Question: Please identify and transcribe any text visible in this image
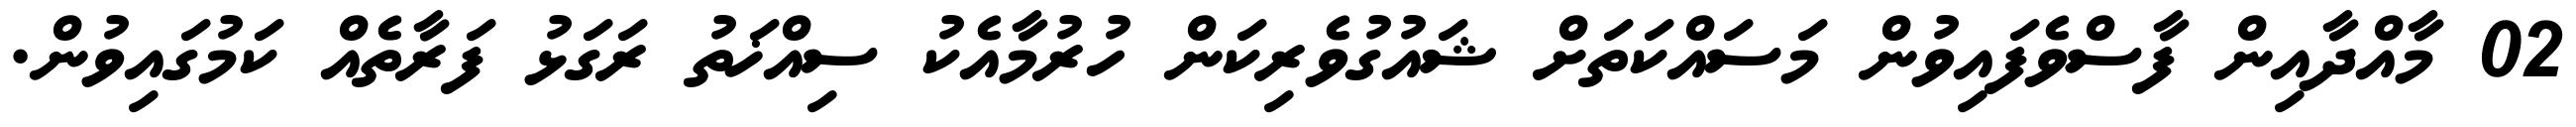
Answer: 02 މާއްދާއިން ފާސްވެފައިވުން މަސައްކަތަށް ޝައުގުވެރިކަން ހުރުމާއެކު ސިއްޚަތު ރަގަޅު ފަރާތެއް ކަމުގައިވުން.